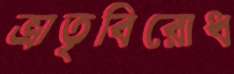
ভ্রাতৃবিরোধ